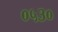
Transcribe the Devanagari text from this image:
०५३०